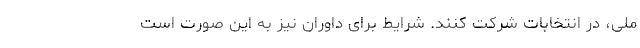
ملی، در انتخابات شرکت کنند. شرایط برای داوران نیز به این صورت است